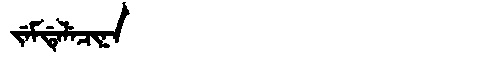
Manchu: ᠵᡝᠮᡩᡝᠯᡝᠴᡳᠨᠠ
Romanization: JEMDELECINA